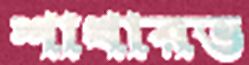
শাখারভ